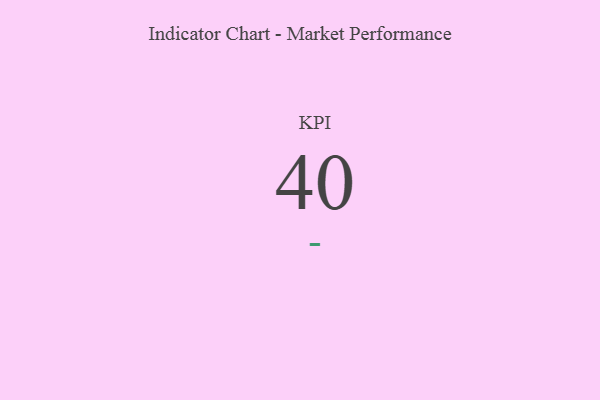
{"axis": {"x": "KPI", "y": "Value"}, "legend": [""], "data": [{"x": "KPI", "y": 40, "type": ""}]}